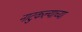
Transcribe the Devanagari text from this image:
नाटुकल्याच्या